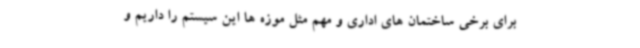
برای برخی ساختمان های اداری و مهم مثل موزه ها این سیستم را داریم و